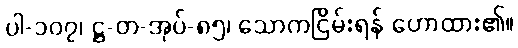
ပါ-၁၀၇၊ ဋ္ဌ-တ-အုပ်-၈၅၊ သောကငြိမ်းရန် ဟောထား၏။